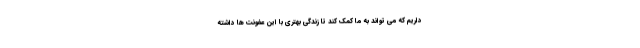
داریم که می تواند به ما کمک کند تا زندگی بهتری با این عفونت ها داشته